Lunatic asylums Madras 1892-1911 - 1892-1911
Year: 1892
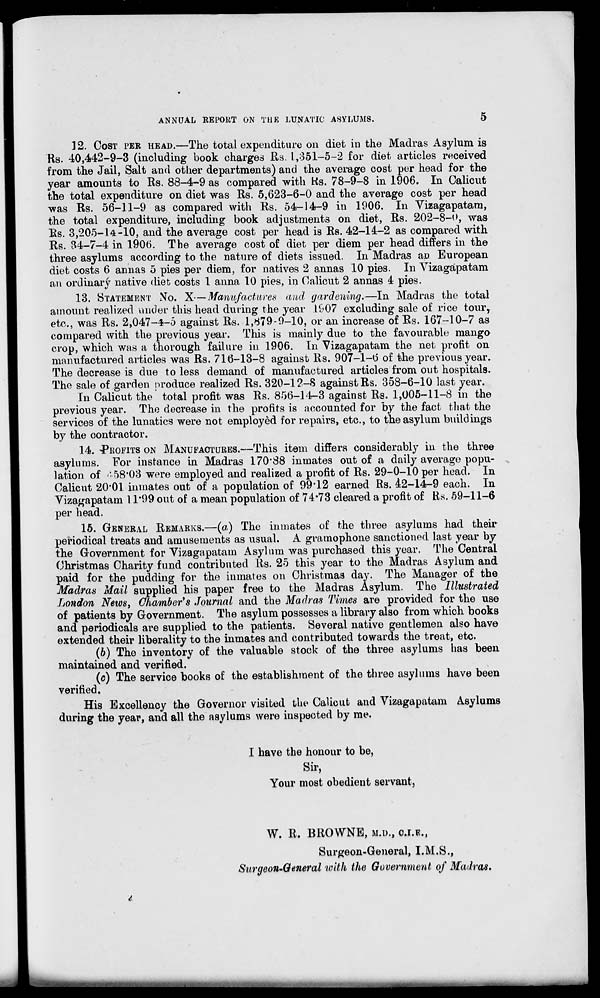
ANNUAL REPORT ON THE LUNATIC ASYLUMS.
5
12. COST PER HEAD.—The total expenditure on diet in the Madras Asylum is
Rs. 40,442-9-3 (including book charges Rs. 1,351-5-2 for diet articles received
from the Jail, Salt and other departments) and the average cost per head for the
year amounts to Rs. 88-4-9 as compared with Rs. 78-9-8 in 1906. In Calicut
the total expenditure on diet was Rs. 5,623-6-0 and the average cost per head
was Rs. 56-11-9 as compared with Rs. 54-14-9 in 1906. In Vizagapatam,
the total expenditure, including book adjustments on diet, Rs. 202-8-0, was
Rs. 3,205-14-10, and the average cost per head is Rs. 42-14-2 as compared with
Rs. 34-7-4 in 1906. The average cost of diet per diem per head differs in the
three asylums according to the nature of diets issued. In Madras an European
diet costs 6 annas 5 pies per diem, for natives 2 annas 10 pies. In Vizagapatam
an ordinary native diet costs 1 anna 10 pies, in Calicut 2 annas 4 pies.
13. STATEMENT No. X—Manufactures and gardening.—In Madras the total
amount realized under this head during the year 1007 excluding sale of rice tour,
etc., was Rs. 2,047-4-5 against Rs. 1,879-9-10, or an increase of Rs. 167-10-7 as
compared with the previous year. This is mainly due to the favourable mango
crop, which was a thorough failure in 1906. In Vizagapatam the net profit on
manufactured articles was Rs. 716-13-8 against Rs. 907-1-6 of the previous year.
The decrease is due to less demand of manufactured articles from out hospitals.
The sale of garden produce realized Rs. 320-12-8 against Rs. 358-6-10 last year.
In Calicut the total profit was Rs. 856-14-3 against Rs. 1,005-11-8 in the
previous year. The decrease in the profits is accounted for by the fact that the
services of the lunatics were not employed for repairs, etc., to the asylum buildings
by the contractor.
14. ^PROFITS ON MANUFACTURES.—This item differs considerably in the three
asylums. For instance in Madras 170*88 inmates out of a daily average popu-
lation of '■! 58*03 were employed and realized a profit of Rs. 29-0-10 per head. In
Calicut 20*01 inmates out of a population of 99*12 earned Rs. 42-14-9 each. In
Vizagapatam 11*99 out of a mean population of 74*73 cleared a profit of Rs. 59-11-6
per head.
15. GENERAL REMARKS.—(a) The inmates of the three asylums had their
periodical treats and amusements as usual. A gramophone sanctioned last year by
the Government for Vizagapatam Asylum was purchased this year. The Central
Christmas Charity fund contributed Rs. 25 this year to the Madras Asylum and
paid for the pudding for the inmates on Christmas day. The Manager of the
Madras Mail supplied his paper free to the Madras Asylum. The Illustrated
London News, Chamber's Journal and the Madras Times are provided for the use
of patients by Government. The asylum possesses a library also from which books
and periodicals are supplied to the patients. Several native gentlemen also have
extended their liberality to the inmates and contributed towards the treat, etc.
(b) The inventory of the valuable stock of the three asylums has been
maintained and verified.
(c) The service books of the establishment of the three asylums have been
verified.
His Excellency the Governor visited the Calicut and Vizagapatam Asylums
during the year, and all the asylums \vex i e inspected by me.
I have the honour to be,
Sir,
Your most obedient servant,
W. R. BROWNE, M.U., C.I.E.,
Surgeon-General, I.M.S.,
Surgeon-Qeneral with the Government of Madras.